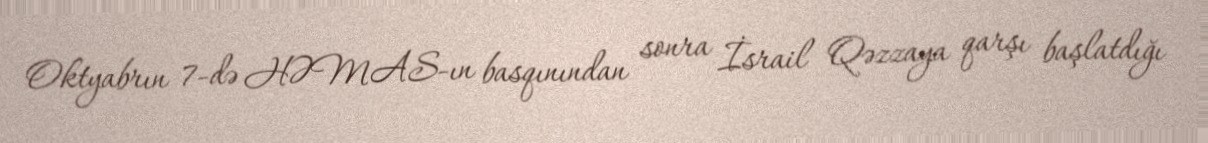
Oktyabrın 7-də HƏMAS-ın basqınından sonra İsrail Qəzzaya qarşı başlatdığı